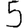
Digit: 5